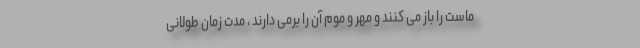
ماست را باز می کنند و مهر و موم آن را برمی دارند ، مدت زمان طولانی